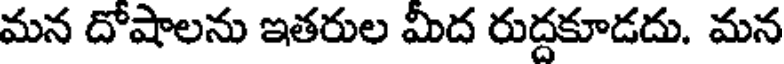
మన దోషాలను ఇతరుల మీద రుద్దకూడదు. మన